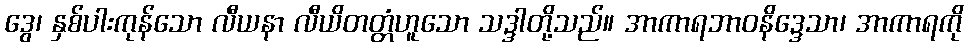
ဒွေ၊ နှစ်ပါးကုန်သော လီယနာ လီယိတတ္တံဟူသော သဒ္ဒါတို့သည်။ အာကာရဘာဝနိဒ္ဒေသာ၊ အာကာရကို